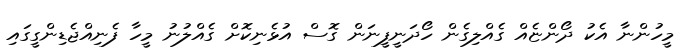
މީހުންނާ އެކު ދޯންޏެއް ގެއްލިގެން ހޯދަނީފީނަން ގޮސް އުޅެނިކޮށް ގެއްލުނު މީހާ ފެނިއްޖެޑިންގީގައި